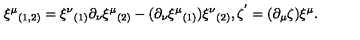
\xi ^ { \mu } { } _ { ( 1 , 2 ) } = \xi ^ { \nu } { } _ { ( 1 ) } \partial _ { \nu } \xi ^ { \mu } { } _ { ( 2 ) } - ( \partial _ { \nu } \xi ^ { \mu } { } _ { ( 1 ) } ) \xi ^ { \nu } { } _ { ( 2 ) } , \zeta ^ { ' } = ( \partial _ { \mu } \zeta ) \xi ^ { \mu } . \nonumber